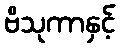
ဗိသုကာနှင့်